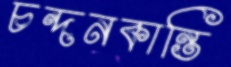
চন্দনকান্তি